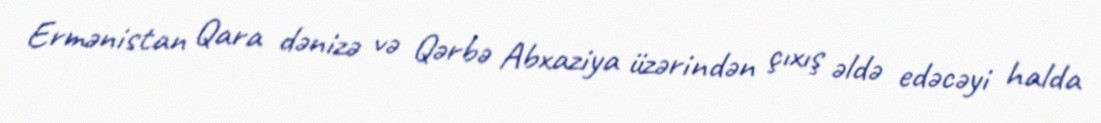
Ermənistan Qara dənizə və Qərbə Abxaziya üzərindən çıxış əldə edəcəyi halda